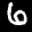
Label: 6